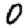
Digit: 0